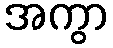
အကွာ